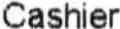
CASHIER